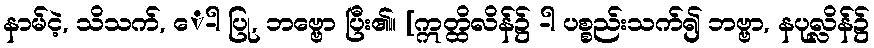
နာမ်ငဲ့, သိသက်, ေ-ါ ပြု, ဘဗ္ဗော ပြီး၏။ [ဣတ္ထိလိန်၌ -ါ ပစ္စည်းသက်၍ ဘဗ္ဗာ, နပုလ္လိန်၌